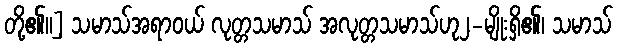
တို့၏။] သမာသ်အရာဝယ် လုတ္တသမာသ် အလုတ္တသမာသ်ဟု၂-မျိုးရှိ၏၊ သမာသ်